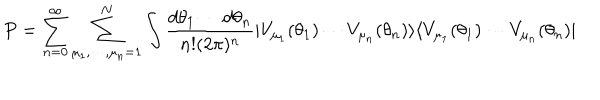
P = \sum _ { n = 0 } ^ { \infty } \sum _ { \mu _ { 1 } , \cdots , \mu _ { n } = 1 } ^ { N } \int { \frac { { d \theta _ { 1 } } \cdots { d \theta _ { n } } } { { n ! } ( 2 \pi ) ^ { n } } | V _ { \mu _ { 1 } } ( \theta _ { 1 } ) \cdots V _ { \mu _ { n } } ( \theta _ { n } ) \rangle \langle V _ { \mu _ { 1 } } ( \theta _ { 1 } ) \cdots V _ { \mu _ { n } } ( \theta _ { n } ) | }